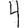
Digit: 4